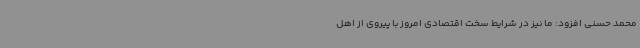
محمد حسنی افزود: ما نیز در شرایط سخت اقتصادی امروز با پیروی از اهل